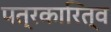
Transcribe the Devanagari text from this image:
पत्रकारित्व